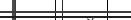
.